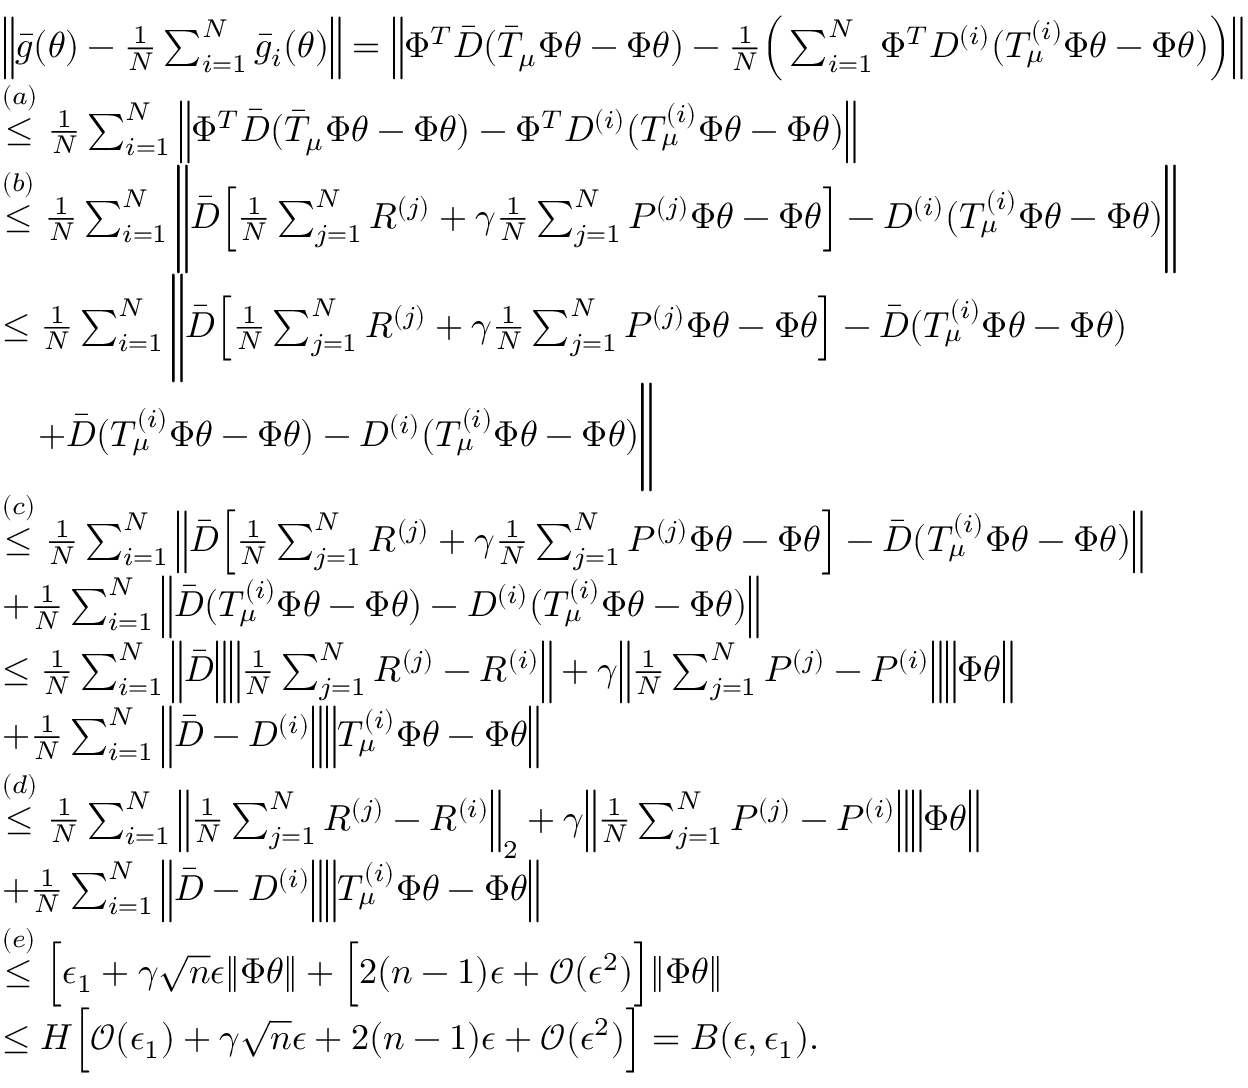
\begin{array} { r l } & { \Big \| \bar { g } ( \theta ) - \frac { 1 } { N } \sum _ { i = 1 } ^ { N } \bar { g } _ { i } ( \theta ) \Big \| = \Big \lVert \Phi ^ { T } \bar { D } ( \bar { T } _ { \mu } \Phi \theta - \Phi \theta ) - \frac { 1 } { N } \Big ( \sum _ { i = 1 } ^ { N } \Phi ^ { T } D ^ { ( i ) } ( T _ { \mu } ^ { ( i ) } \Phi \theta - \Phi \theta ) \Big ) \Big \rVert } \\ & { \stackrel { ( a ) } { \le } \frac { 1 } { N } \sum _ { i = 1 } ^ { N } \Big \lVert \Phi ^ { T } \bar { D } ( \bar { T } _ { \mu } \Phi \theta - \Phi \theta ) - \Phi ^ { T } D ^ { ( i ) } ( T _ { \mu } ^ { ( i ) } \Phi \theta - \Phi \theta ) \Big \rVert } \\ & { \stackrel { ( b ) } { \le } \frac { 1 } { N } \sum _ { i = 1 } ^ { N } \Bigg \lVert \bar { D } \Big [ \frac { 1 } { N } \sum _ { j = 1 } ^ { N } R ^ { ( j ) } + \gamma \frac { 1 } { N } \sum _ { j = 1 } ^ { N } P ^ { ( j ) } \Phi \theta - \Phi \theta \Big ] - D ^ { ( i ) } ( T _ { \mu } ^ { ( i ) } \Phi \theta - \Phi \theta ) \Bigg \rVert } \\ & { \le \frac { 1 } { N } \sum _ { i = 1 } ^ { N } \Bigg \lVert \bar { D } \Big [ \frac { 1 } { N } \sum _ { j = 1 } ^ { N } R ^ { ( j ) } + \gamma \frac { 1 } { N } \sum _ { j = 1 } ^ { N } P ^ { ( j ) } \Phi \theta - \Phi \theta \Big ] - \bar { D } ( T _ { \mu } ^ { ( i ) } \Phi \theta - \Phi \theta ) } \\ & { \quad + \bar { D } ( T _ { \mu } ^ { ( i ) } \Phi \theta - \Phi \theta ) - D ^ { ( i ) } ( T _ { \mu } ^ { ( i ) } \Phi \theta - \Phi \theta ) \Bigg \rVert } \\ & { \stackrel { ( c ) } { \le } \frac { 1 } { N } \sum _ { i = 1 } ^ { N } \Big \lVert \bar { D } \Big [ \frac { 1 } { N } \sum _ { j = 1 } ^ { N } R ^ { ( j ) } + \gamma \frac { 1 } { N } \sum _ { j = 1 } ^ { N } P ^ { ( j ) } \Phi \theta - \Phi \theta \Big ] - \bar { D } ( T _ { \mu } ^ { ( i ) } \Phi \theta - \Phi \theta ) \Big \rVert } \\ & { + \frac { 1 } { N } \sum _ { i = 1 } ^ { N } \Big \lVert \bar { D } ( T _ { \mu } ^ { ( i ) } \Phi \theta - \Phi \theta ) - D ^ { ( i ) } ( T _ { \mu } ^ { ( i ) } \Phi \theta - \Phi \theta ) \Big \rVert } \\ & { \le \frac { 1 } { N } \sum _ { i = 1 } ^ { N } \Big \lVert \bar { D } \Big \rVert \Big \lVert \frac { 1 } { N } \sum _ { j = 1 } ^ { N } R ^ { ( j ) } - R ^ { ( i ) } \Big \rVert + \gamma \Big \lVert \frac { 1 } { N } \sum _ { j = 1 } ^ { N } P ^ { ( j ) } - P ^ { ( i ) } \Big \rVert \Big \lVert \Phi \theta \Big \rVert } \\ & { + \frac { 1 } { N } \sum _ { i = 1 } ^ { N } \Big \lVert \bar { D } - D ^ { ( i ) } \Big \rVert \Big \lVert T _ { \mu } ^ { ( i ) } \Phi \theta - \Phi \theta \Big \rVert } \\ & { \stackrel { ( d ) } \le \frac { 1 } { N } \sum _ { i = 1 } ^ { N } \Big \lVert \frac { 1 } { N } \sum _ { j = 1 } ^ { N } R ^ { ( j ) } - R ^ { ( i ) } \Big \rVert _ { 2 } + \gamma \Big \lVert \frac { 1 } { N } \sum _ { j = 1 } ^ { N } P ^ { ( j ) } - P ^ { ( i ) } \Big \rVert \Big \lVert \Phi \theta \Big \rVert } \\ & { + \frac { 1 } { N } \sum _ { i = 1 } ^ { N } \Big \lVert \bar { D } - D ^ { ( i ) } \Big \rVert \Big \lVert T _ { \mu } ^ { ( i ) } \Phi \theta - \Phi \theta \Big \rVert } \\ & { \stackrel { ( e ) } \le \Big [ \epsilon _ { 1 } + \gamma \sqrt { n } \epsilon \lVert \Phi \theta \rVert + \Big [ 2 ( n - 1 ) \epsilon + \mathcal { O } ( \epsilon ^ { 2 } ) \Big ] \lVert \Phi \theta \rVert } \\ & { \le H \Big [ \mathcal { O } ( \epsilon _ { 1 } ) + \gamma \sqrt { n } \epsilon + 2 ( n - 1 ) \epsilon + \mathcal { O } ( \epsilon ^ { 2 } ) \Big ] = B ( \epsilon , \epsilon _ { 1 } ) . } \end{array}